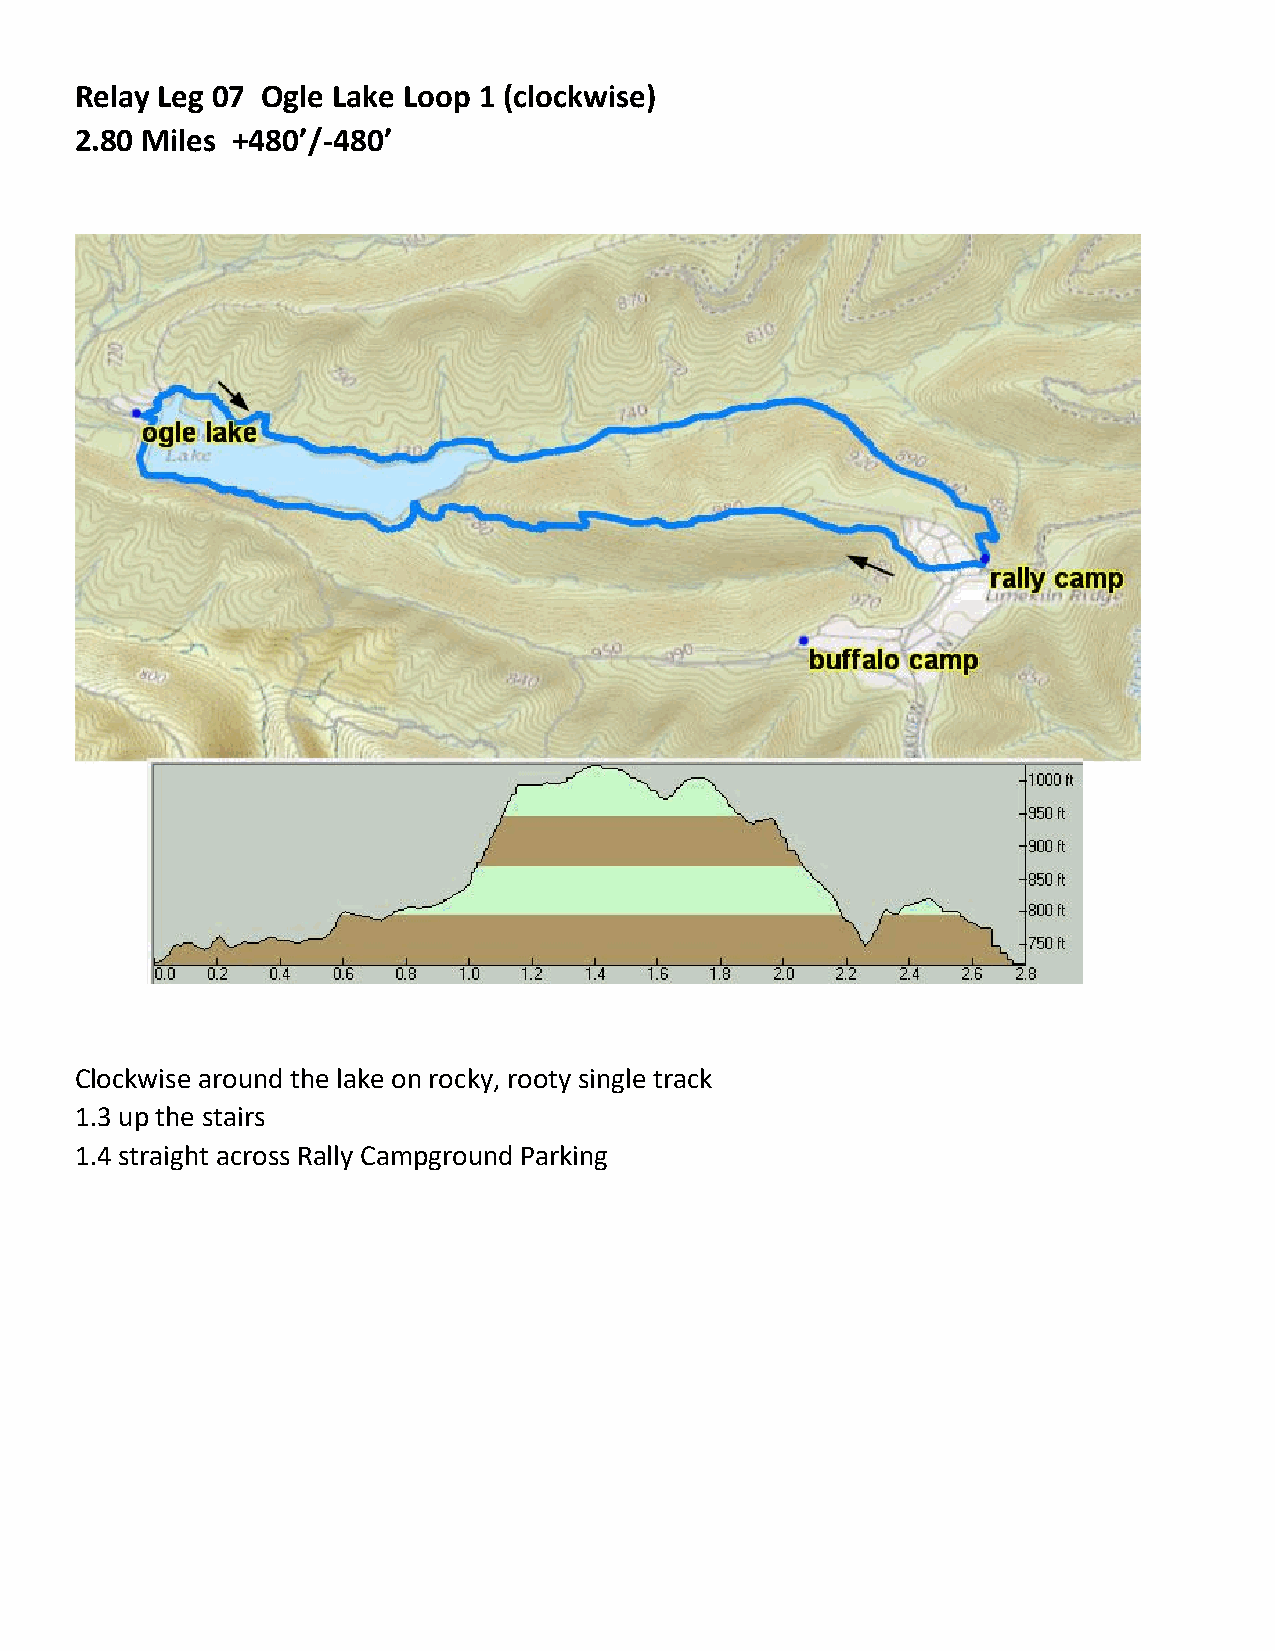
Relay Leg 07 Ogle Lake Loop 1 (clockwise)
 2.80 Miles +480’/-480’
 Clockwise around the lake on rocky, rooty single track
 1.3 up the stairs
 1.4 straight across Rally Campground Parking